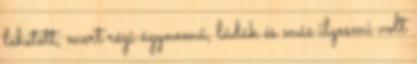
lehetett, mert régi ágynemű, ládák és más ilyesmi volt